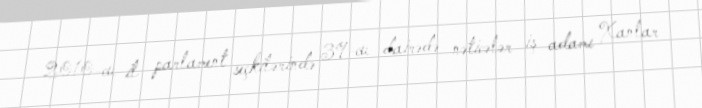
2010-cu il parlament seçkilərində 39-cu dairədə nəticələr iş adamı Xanlar